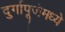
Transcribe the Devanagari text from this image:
दुर्गापूजेमध्ये